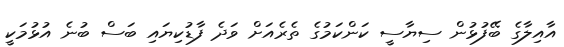
އާއިލާގެ ބޭފުޅުން ސިޔާސީ ކަންކަމުގެ ތެރެއަށް ވަދެ ފާޑުކިޔައި ބަސް ބުނެ އުޅުމަކީ